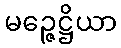
မဉ္ဇေဋ္ဌိယာ